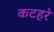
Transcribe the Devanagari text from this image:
कटहरे